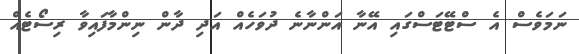
ނަމަވެސް އެ ސްޓޭޓަސްގައި އޭނާ އަންނާނެ ދުވަހެއް އަދި ދާން ނިންމާފައިވާ ރިސޯޓެއް